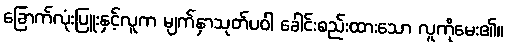
ခြောက်လုံးပြူးနှင့်လူက မျက်နှာသုတ်ပဝါ ခေါင်းစည်းထားသော လူကိုမေး၏။